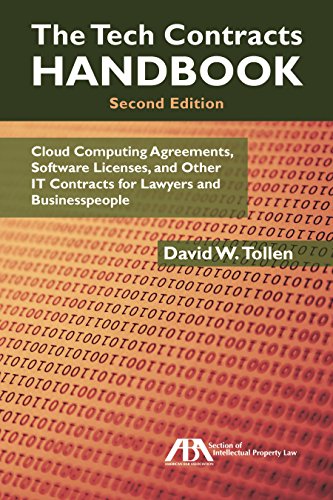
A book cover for The Tech Contracts Handbook: Cloud Computing Agreements, Software Licenses, and Other IT Contracts for Lawyers and Businesspeople; David W. Tollen; Computers & Technology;